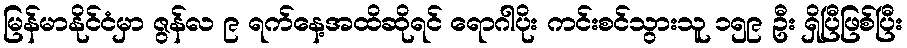
မြန်မာနိုင်ငံမှာ ဇွန်လ ၉ ရက်နေ့အထိဆိုရင် ရောဂါပိုး ကင်းစင်သွားသူ ၁၅၉ ဦး ရှိပြီဖြစ်ပြီး